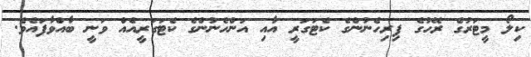
ކިލޯ މީޓަރުގެ ރޭހުގެ ފިރިހެނުންގެ ކެޓަގަރީ އާއި އަންހެނުންގެ ކެޓަގަރީއެއް ވަނީ ބާއްވާފައެވެ.